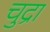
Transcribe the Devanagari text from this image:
चुद्रा